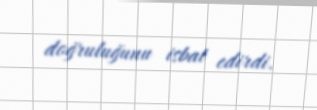
doğruluğunu isbat edirdi.